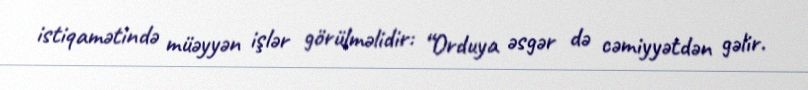
istiqamətində müəyyən işlər görülməlidir: “Orduya əsgər də cəmiyyətdən gəlir.